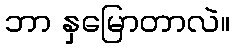
ဘာ နှမြောတာလဲ။